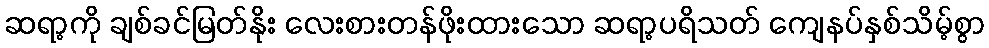
ဆရာ့ကို ချစ်ခင်မြတ်နိုး လေးစားတန်ဖိုးထားသော ဆရာ့ပရိသတ် ကျေနပ်နှစ်သိမ့်စွာ